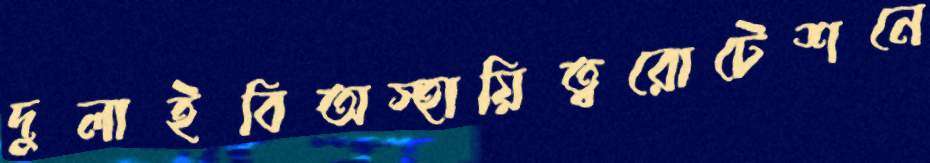
দুলাইবিঅস্হায়িত্বরোটেশনে